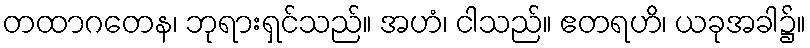
တထာဂတေန၊ ဘုရားရှင်သည်။ အဟံ၊ ငါသည်။ ဧတရဟိ၊ ယခုအခါ၌။